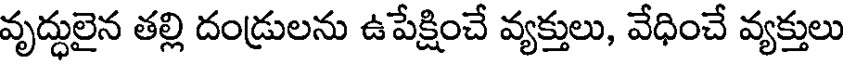
వృద్ధులైన తల్లి దండ్రులను ఉపేక్షించే వ్యక్తులు, వేధించే వ్యక్తులు